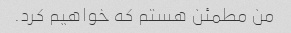
من مطمئن هستم که خواهیم کرد.